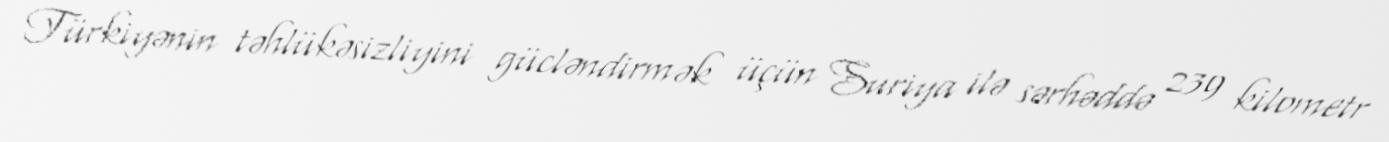
Türkiyənin təhlükəsizliyini gücləndirmək üçün Suriya ilə sərhəddə 239 kilometr